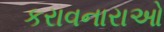
કરાવનારાઓ